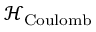
{ \mathcal { H } } _ { \mathrm { { C o u l o m b } } }